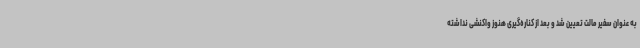
به عنوان سفیر مالت تعیین شد و بعد از کناره‌گیری هنوز واکنشی نداشته